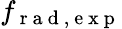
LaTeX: f_{\mathrm{~r~a~d~,~e~x~p~}}